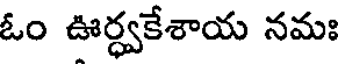
ఓం ఊర్ధ్వకేశాయ నమః